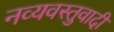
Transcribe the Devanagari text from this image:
नव्यवस्तुवादी